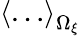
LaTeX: \left<\dots\right>_{\Omega_{\xi}}